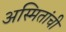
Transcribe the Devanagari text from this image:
अस्मितांची